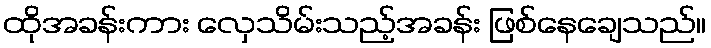
ထိုအခန်းကား လှေသိမ်းသည့်အခန်း ဖြစ်နေချေသည်။